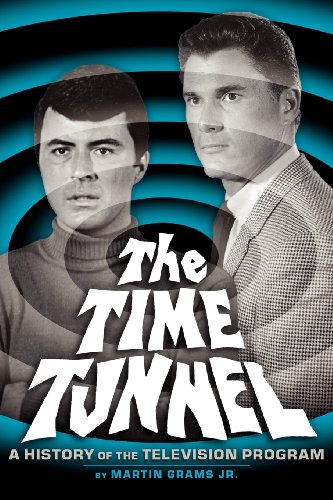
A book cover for THE TIME TUNNEL: A HISTORY OF THE TELEVISION SERIES; Jr. Martin Grams; Humor & Entertainment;